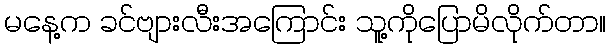
မနေ့က ခင်ဗျားလီးအကြောင်း သူ့ကိုပြောမိလိုက်တာ။